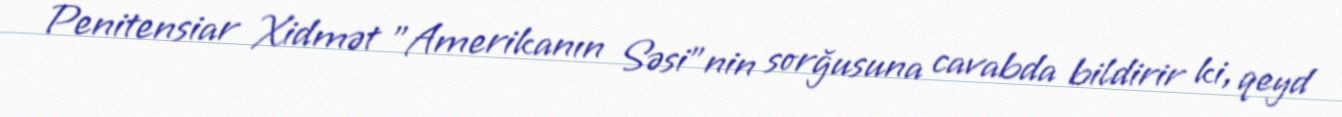
Penitensiar Xidmət "Amerikanın Səsi"nin sorğusuna cavabda bildirir ki, qeyd